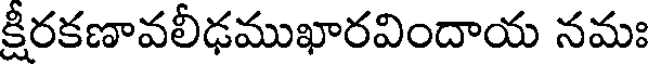
క్షీరకణావలీఢముఖారవిందాయ నమః